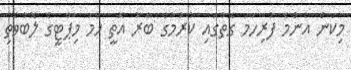
މިކަން އެންމެ ފުރިހަމަ ގޮތުގައި ކުރުމުގެ ބާރު އޮތީ ހަމަ މިޕާޓީގެ ލޮބުވެތި